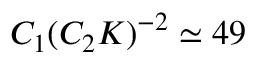
C _ { 1 } ( C _ { 2 } K ) ^ { - 2 } \simeq 4 9